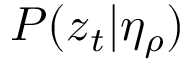
P ( \boldsymbol { z } _ { t } | \eta _ { \rho } )